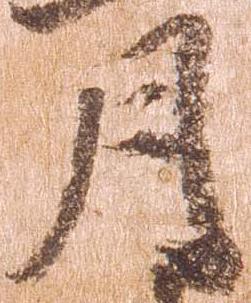
月